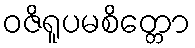
ဝဇိရူပမစိတ္တော